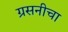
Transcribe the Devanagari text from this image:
ग्रसनीचा